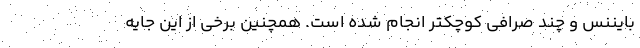
بایننس و چند صرافی کوچکتر انجام شده است. همچنین برخی از این جایه‌